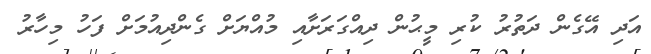
އަދި އޭގެން ދަތުރު ކުރި މީޙުން ދިއްގަރަށާއި މުއްޔަށް ގެންދިއުމަށް ފަހު މިހާރު